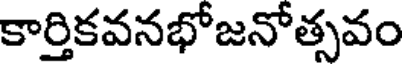
కార్తికవనభోజనోత్సవం